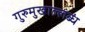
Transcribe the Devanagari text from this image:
गुरुमुखाल्लब्धं